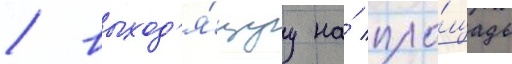
/ выход'я́щуу на́ пло́щадь